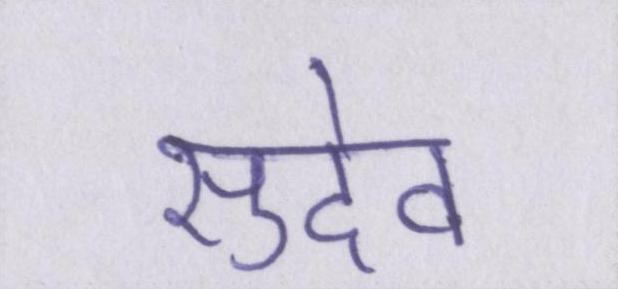
सुदेव